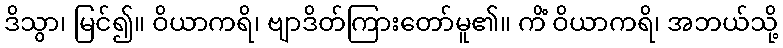
ဒိသွာ၊ မြင်၍။ ဝိယာကရိ၊ ဗျာဒိတ်ကြားတော်မူ၏။ ကိံ ဝိယာကရိ၊ အဘယ်သို့